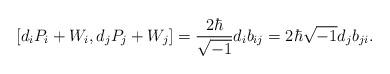
LaTeX: \begin{align*}[d_i P_i + W_i, d_j P_j + W_j]= \frac{2\hbar}{\sqrt{-1}}d_i b_{ij}=2\hbar \sqrt{-1} d_j b_{ji}.\end{align*}